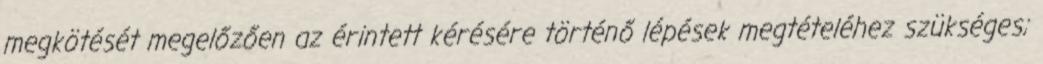
megkötését megelőzően az érintett kérésére történő lépések megtételéhez szükséges;